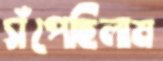
সঁপেছিলাম